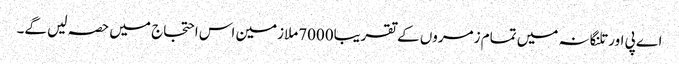
اے پی اور تلنگانہ میں تمام زمروں کے تقریبا7000ملازمین اس احتجاج میں حصہ لیں گے۔